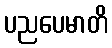
ပညပေမာတိ